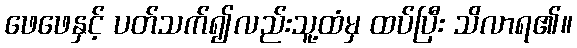
ဖေဖေနှင့် ပတ်သက်၍လည်းသူ့ထံမှ ထပ်ပြီး သိလာရ၏။